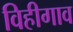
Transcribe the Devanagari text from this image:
विहीगाव